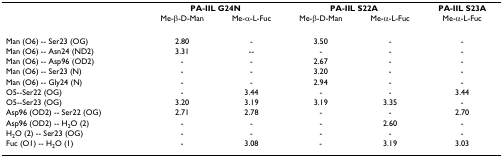
<table><thead><tr><td></td><td colspan="2"><b>PA-IIL G24N</b></td><td colspan="2"><b>PA-IIL S22A</b></td><td><b>PA-IIL S23A</b></td></tr><tr><td></td><td><b>Me-β-D-Man</b></td><td><b>Me-α-L-Fuc</b></td><td><b>Me-β-D-Man</b></td><td><b>Me-α-L-Fuc</b></td><td><b>Me-α-L-Fuc</b></td></tr></thead><tbody><tr><td>Man (O6) -- Ser23 (OG)</td><td>2.80</td><td>-</td><td>3.50</td><td>-</td><td>-</td></tr><tr><td>Man (O6) -- Asn24 (ND2)</td><td>3.31</td><td>--</td><td>-</td><td>-</td><td>-</td></tr><tr><td>Man (O6) -- Asp96 (OD2)</td><td>-</td><td>-</td><td>2.67</td><td>-</td><td>-</td></tr><tr><td>Man (O6) -- Ser23 (N)</td><td>-</td><td>-</td><td>3.20</td><td>-</td><td>-</td></tr><tr><td>Man (O6) -- Gly24 (N)</td><td>-</td><td>-</td><td>2.94</td><td>-</td><td>-</td></tr><tr><td>O5--Ser22 (OG)</td><td>-</td><td>3.44</td><td>-</td><td>-</td><td>3.44</td></tr><tr><td>O5--Ser23 (OG)</td><td>3.20</td><td>3.19</td><td>3.19</td><td>3.35</td><td>-</td></tr><tr><td>Asp96 (OD2) -- Ser22 (OG)</td><td>2.71</td><td>2.78</td><td>-</td><td>-</td><td>2.70</td></tr><tr><td>Asp96 (OD2) -- H<sub>2</sub>O (2)</td><td>-</td><td>-</td><td>-</td><td>2.60</td><td>-</td></tr><tr><td>H<sub>2</sub>O (2) -- Ser23 (OG)</td><td>-</td><td>-</td><td>-</td><td>-</td><td>-</td></tr><tr><td>Fuc (O1) -- H<sub>2</sub>O (1)</td><td>-</td><td>3.08</td><td>-</td><td>3.19</td><td>3.03</td></tr></tbody></table>